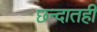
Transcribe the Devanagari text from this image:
छन्दातही